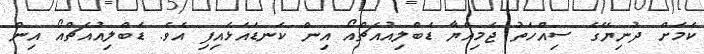
ކަމަށް ދުނިޔޭގެ ސިއްހަތު ޖަމިއްޔާ ޑަބްލިއުއެޗްއޯ އިން ކަނޑައަޅައިފި އެވެ. ޑަބްލިއުއެޗްއޯ އިން